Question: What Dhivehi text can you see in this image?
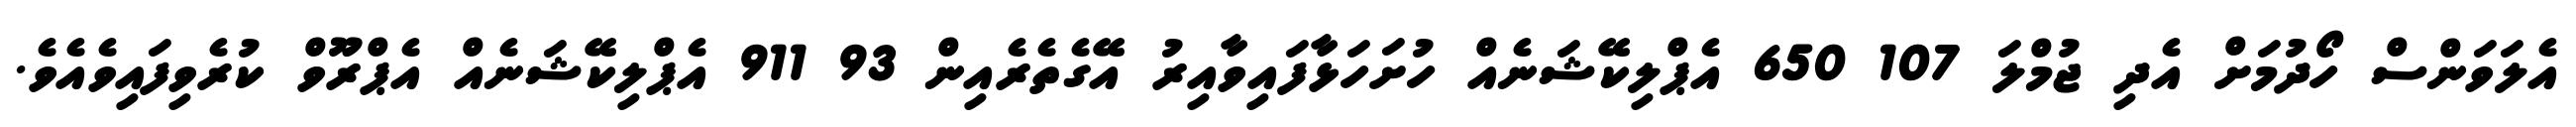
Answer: އެލަވަންސް ހޯދުމަށް އެދި ޖުމްލަ 107 650 އެޕްލިކޭޝަނެއް ހުށަހަޅާފައިވާއިރު އޭގެތެރެއިން 93 911 އެޕްލިކޭޝަނެއް އެޕްރޫވް ކުރެވިފައިވެއެވެ.